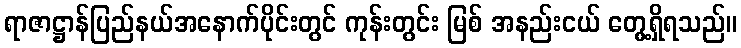
ရာဇာဋ္ဌာန်ပြည်နယ်အနောက်ပိုင်းတွင် ကုန်းတွင်း မြစ် အနည်းငယ် တွေ့ရှိရသည်။